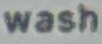
Wash